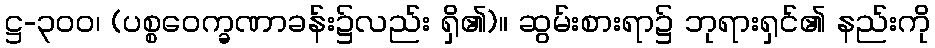
ဋ္ဌ-၃၀၀၊ (ပစ္စဝေက္ခဏာခန်း၌လည်း ရှိ၏)။ ဆွမ်းစားရာ၌ ဘုရားရှင်၏ နည်းကို